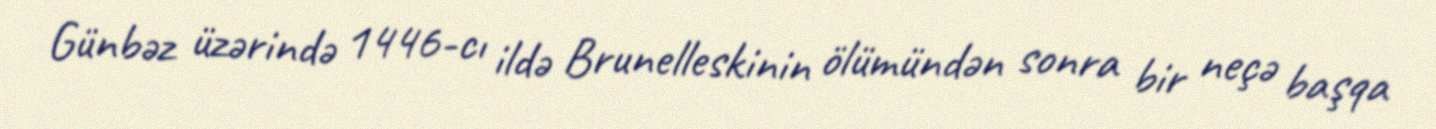
Günbəz üzərində 1446-cı ildə Brunelleskinin ölümündən sonra bir neçə başqa